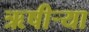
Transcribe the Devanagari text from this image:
ऋषीऱ्या